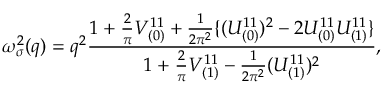
\omega _ { \sigma } ^ { 2 } ( q ) = q ^ { 2 } \frac { 1 + \frac { 2 } { \pi } V _ { ( 0 ) } ^ { 1 1 } + \frac { 1 } { 2 \pi ^ { 2 } } \{ ( U _ { ( 0 ) } ^ { 1 1 } ) ^ { 2 } - 2 U _ { ( 0 ) } ^ { 1 1 } U _ { ( 1 ) } ^ { 1 1 } \} } { 1 + \frac { 2 } { \pi } V _ { ( 1 ) } ^ { 1 1 } - \frac { 1 } { 2 \pi ^ { 2 } } ( U _ { ( 1 ) } ^ { 1 1 } ) ^ { 2 } } ,